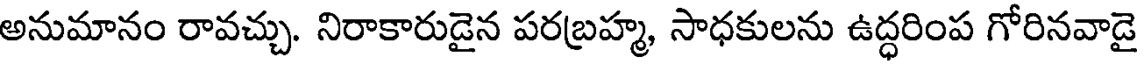
అనుమానం రావచ్చు. నిరాకారుడైన పరబ్రహ్మ, సాధకులను ఉద్ధరింప గోరినవాడై